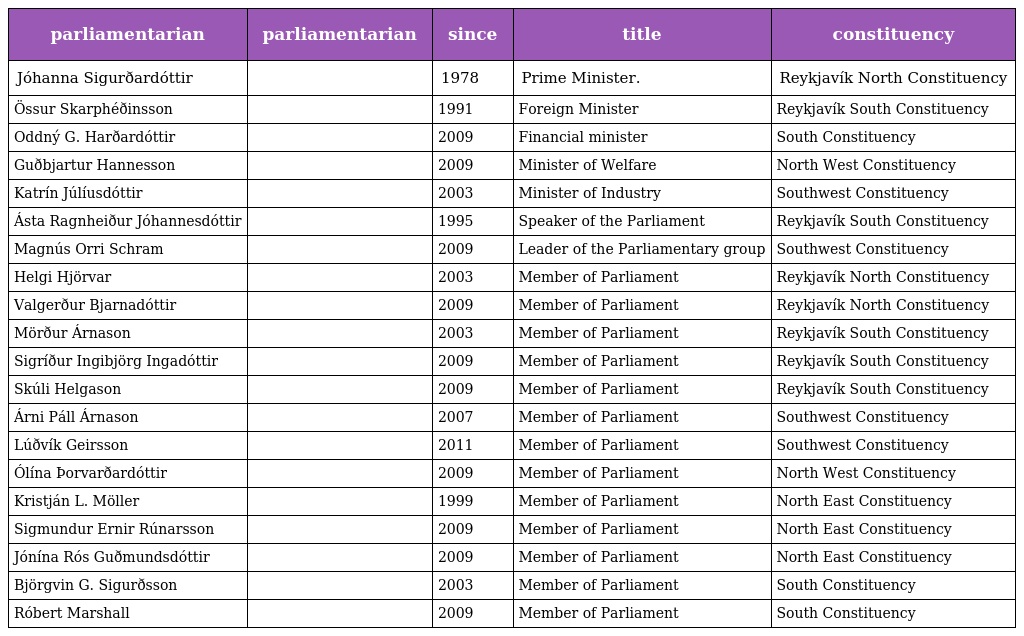
| parliamentarian | parliamentarian | since | title | constituency |
 | --- | --- | --- | --- | --- |
 | Jóhanna Sigurðardóttir |  | 1978 | Prime Minister. | Reykjavík North Constituency |
 | Össur Skarphéðinsson |  | 1991 | Foreign Minister | Reykjavík South Constituency |
 | Oddný G. Harðardóttir |  | 2009 | Financial minister | South Constituency |
 | Guðbjartur Hannesson |  | 2009 | Minister of Welfare | North West Constituency |
 | Katrín Júlíusdóttir |  | 2003 | Minister of Industry | Southwest Constituency |
 | Ásta Ragnheiður Jóhannesdóttir |  | 1995 | Speaker of the Parliament | Reykjavík South Constituency |
 | Magnús Orri Schram |  | 2009 | Leader of the Parliamentary group | Southwest Constituency |
 | Helgi Hjörvar |  | 2003 | Member of Parliament | Reykjavík North Constituency |
 | Valgerður Bjarnadóttir |  | 2009 | Member of Parliament | Reykjavík North Constituency |
 | Mörður Árnason |  | 2003 | Member of Parliament | Reykjavík South Constituency |
 | Sigríður Ingibjörg Ingadóttir |  | 2009 | Member of Parliament | Reykjavík South Constituency |
 | Skúli Helgason |  | 2009 | Member of Parliament | Reykjavík South Constituency |
 | Árni Páll Árnason |  | 2007 | Member of Parliament | Southwest Constituency |
 | Lúðvík Geirsson |  | 2011 | Member of Parliament | Southwest Constituency |
 | Ólína Þorvarðardóttir |  | 2009 | Member of Parliament | North West Constituency |
 | Kristján L. Möller |  | 1999 | Member of Parliament | North East Constituency |
 | Sigmundur Ernir Rúnarsson |  | 2009 | Member of Parliament | North East Constituency |
 | Jónína Rós Guðmundsdóttir |  | 2009 | Member of Parliament | North East Constituency |
 | Björgvin G. Sigurðsson |  | 2003 | Member of Parliament | South Constituency |
 | Róbert Marshall |  | 2009 | Member of Parliament | South Constituency |